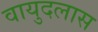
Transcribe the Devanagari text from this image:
वायुदलास